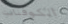
الكوفنانت